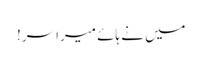
میں نے ہائے میرا سر!